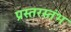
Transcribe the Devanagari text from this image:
प्रस्तरस्तंभ